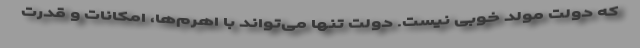
که دولت مولد خوبی نیست. دولت تنها می‌تواند با اهرم‌ها، امکانات و قدرت